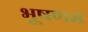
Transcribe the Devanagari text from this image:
भूषणम